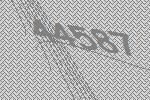
44587